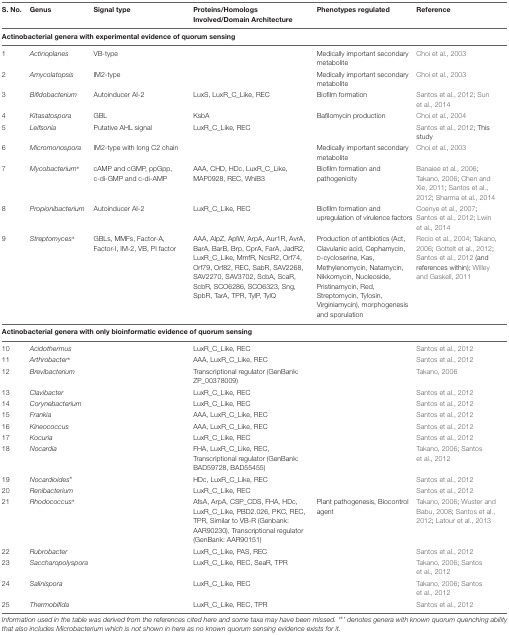
<table><thead><tr><td><b>S. No.</b></td><td><b>Genus</b></td><td><b>Signal type</b></td><td><b>Proteins/Homologs Involved/Domain Architecture</b></td><td><b>Phenotypes regulated</b></td><td><b>Reference</b></td></tr></thead><tbody><tr><td colspan="6"><b>Actinobacterial genera with experimental evidence of quorum sensing</b></td></tr><tr><td>1</td><td><i>Actinoplanes</i></td><td>VB-type</td><td></td><td>Medically important secondary metabolite</td><td>Choi et al., 2003</td></tr><tr><td>2</td><td><i>Amycolatopsis</i></td><td>IM2-type</td><td></td><td>Medically important secondary metabolite</td><td>Choi et al., 2003</td></tr><tr><td>3</td><td><i>Bifidobacterium</i></td><td>Autoinducer AI-2</td><td>LuxS, LuxR_C_Like, REC</td><td>Biofilm formation</td><td>Santos et al., 2012; Sun et al., 2014</td></tr><tr><td>4</td><td><i>Kitasatospora</i></td><td>GBL</td><td>KsbA</td><td>Bafilomycin production</td><td>Choi et al., 2004</td></tr><tr><td>5</td><td><i>Leifsonia</i></td><td>Putative AHL signal</td><td>LuxR_C_Like, REC</td><td></td><td>Santos et al., 2012; This study</td></tr><tr><td>6</td><td><i>Micromonospora</i></td><td>IM2-type with long C2 chain</td><td></td><td>Medically important secondary metabolite</td><td>Choi et al., 2003</td></tr><tr><td>7</td><td><i>Mycobacterium<sup>∗</sup></i></td><td>cAMP and cGMP, ppGpp, c-di-GMP and c-di-AMP</td><td>AAA, CHD, HDc, LuxR_C_Like, MAP0928, REC, WhiB3</td><td>Biofilm formation and pathogenicity</td><td>Banaiee et al., 2006; Takano, 2006; Chen and Xie, 2011; Santos et al., 2012; Sharma et al., 2014</td></tr><tr><td>8</td><td><i>Propionibacterium</i></td><td>Autoinducer AI-2</td><td>LuxR_C_Like, REC</td><td>Biofilm formation and upregulation of virulence factors</td><td>Coenye et al., 2007; Santos et al., 2012; Lwin et al., 2014</td></tr><tr><td>9</td><td><i>Streptomyces<sup>∗</sup></i></td><td>GBLs, MMFs, Factor-A, Factor-I, IM-2, VB, PI factor</td><td>AAA, AlpZ, AplW, ArpA, Aur1R, AvrA, BarA, BarB, Brp, CprA, FarA, JadR2, LuxR_C_Like, MmfR, NcsR2, Orf74, Orf79, Orf82, REC, SabR, SAV2268, SAV2270, SAV3702, ScbA, ScaR, ScbR, SCO6286, SCO6323, Sng, SpbR, TarA, TPR, TylP, TylQ</td><td>Production of antibiotics (Act, Clavulanic acid, Cephamycin, D-cycloserine, Kas, Methylenomycin, Natamycin, Nikkomycin, Nucleoside, Pristinamycin, Red, Streptomycin, Tylosin, Virginiamycin), morphogenesis and sporulation</td><td>Recio et al., 2004; Takano, 2006; Gottelt et al., 2012; Santos et al., 2012 (and references within); Willey and Gaskell, 2011</td></tr><tr><td colspan="6"><b>Actinobacterial genera with only bioinformatic evidence of quorum sensing</b></td></tr><tr><td>10</td><td><i>Acidothermus</i></td><td></td><td>LuxR_C_Like, REC</td><td></td><td>Santos et al., 2012</td></tr><tr><td>11</td><td><i>Arthrobacter<sup>∗</sup></i></td><td></td><td>AAA, LuxR_C_Like, REC</td><td></td><td>Santos et al., 2012</td></tr><tr><td>12</td><td><i>Brevibacterium</i></td><td></td><td>Transcriptional regulator (GenBank: ZP_00378009)</td><td></td><td>Takano, 2006</td></tr><tr><td>13</td><td><i>Clavibacter</i></td><td></td><td>LuxR_C_Like, REC</td><td></td><td>Santos et al., 2012</td></tr><tr><td>14</td><td><i>Corynebacterium</i></td><td></td><td>LuxR_C_Like, REC</td><td></td><td>Santos et al., 2012</td></tr><tr><td>15</td><td><i>Frankia</i></td><td></td><td>AAA, LuxR_C_Like, REC</td><td></td><td>Santos et al., 2012</td></tr><tr><td>16</td><td><i>Kineococcus</i></td><td></td><td>AAA, LuxR_C_Like, REC</td><td></td><td>Santos et al., 2012</td></tr><tr><td>17</td><td><i>Kocuria</i></td><td></td><td>LuxR_C_Like, REC</td><td></td><td>Santos et al., 2012</td></tr><tr><td>18</td><td><i>Nocardia</i></td><td></td><td>FHA, LuxR_C_Like, REC, Transcriptional regulator (GenBank: BAD59728, BAD55455)</td><td></td><td>Takano, 2006; Santos et al., 2012</td></tr><tr><td>19</td><td><i>Nocardioides<sup>∗</sup></i></td><td></td><td>HDc, LuxR_C_Like, REC</td><td></td><td>Santos et al., 2012</td></tr><tr><td>20</td><td><i>Renibacterium</i></td><td></td><td>LuxR_C_Like, REC</td><td></td><td>Santos et al., 2012</td></tr><tr><td>21</td><td><i>Rhodococcus<sup>∗</sup></i></td><td></td><td>AfsA, ArpA, CSP_CDS, FHA, HDc, LuxR_C_Like, PBD2.026, PKC, REC, TPR, Similar to VB-R (Genbank: AAR90230), Transcriptional regulator (GenBank: AAR90151)</td><td>Plant pathogenesis, Biocontrol agent</td><td>Takano, 2006; Wuster and Babu, 2008; Santos et al., 2012; Latour et al., 2013</td></tr><tr><td>22</td><td><i>Rubrobacter</i></td><td></td><td>LuxR_C_Like, PAS, REC</td><td></td><td>Santos et al., 2012</td></tr><tr><td>23</td><td><i>Saccharopolyspora</i></td><td></td><td>LuxR_C_Like, REC, SeaR, TPR</td><td></td><td>Takano, 2006; Santos et al., 2012</td></tr><tr><td>24</td><td><i>Salinispora</i></td><td></td><td>LuxR_C_Like, REC</td><td></td><td>Takano, 2006; Santos et al., 2012</td></tr><tr><td>25</td><td><i>Thermobifida</i></td><td></td><td>LuxR_C_Like, REC, TPR</td><td></td><td>Santos et al., 2012</td></tr></tbody></table>